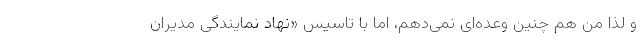
و لذا من هم چنین وعده‌ای نمی‌دهم، اما با تاسیس «نهاد نمایندگی مدیران